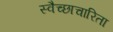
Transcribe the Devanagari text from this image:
स्वैच्छाचारिता